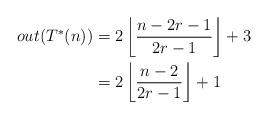
LaTeX: \begin{align*} out(T^*(n))&=2\left \lfloor \frac{n-2r-1}{2r-1}\right\rfloor+3\\ &=2\left \lfloor \frac{n-2}{2r-1}\right\rfloor+1 \end{align*}